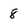
Character: 8